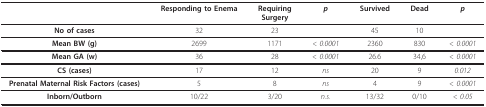
|  | Responding to Enema | RequiringSurgery | p | Survived | Dead | p |
 | --- | --- | --- | --- | --- | --- | --- |
 | No of cases | 32 | 23 |  | 45 | 10 |  |
 | Mean BW (g) | 2699 | 1171 | < 0.0001 | 2360 | 830 | < 0.0001 |
 | Mean GA (w) | 36 | 28 | < 0.0001 | 26.6 | 34,6 | < 0.0001 |
 | CS (cases) | 17 | 12 | ns | 20 | 9 | 0.012 |
 | Prenatal Maternal Risk Factors (cases) | 5 | 8 | ns | 4 | 9 | < 0.0001 |
 | Inborn/Outborn | 10/22 | 3/20 | n.s. | 13/32 | 0/10 | < 0.05 |